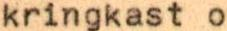
kringkast o